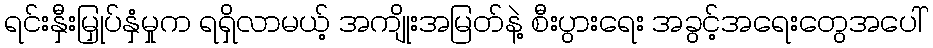
ရင်းနှီးမြှုပ်နှံမှုက ရရှိလာမယ့် အကျိုးအမြတ်နဲ့ စီးပွားရေး အခွင့်အရေးတွေအပေါ်